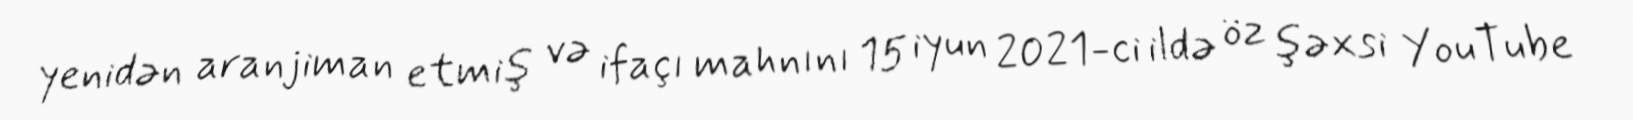
yenidən aranjiman etmiş və ifaçı mahnını 15 iyun 2021-ci ildə öz şəxsi YouTube